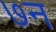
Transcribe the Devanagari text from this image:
७न